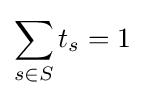
\sum _{s\in S}t_{s}=1